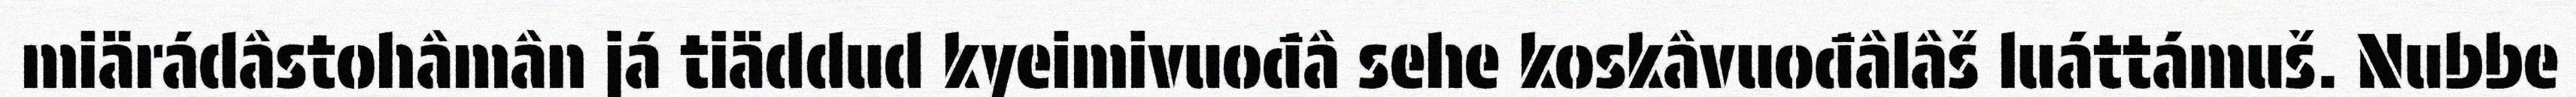
miärádâstohâmân já tiäddud kyeimivuođâ sehe koskâvuođâlâš luáttámuš. Nubbe